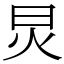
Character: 炅